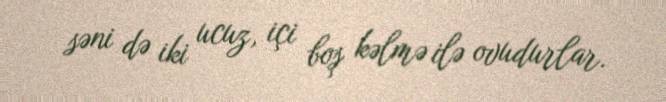
səni də iki ucuz, içi boş kəlmə ilə ovudurlar.